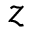
z